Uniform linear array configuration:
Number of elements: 4
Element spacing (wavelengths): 0.5
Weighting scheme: blackman
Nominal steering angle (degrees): -60
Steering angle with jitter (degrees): -58.716
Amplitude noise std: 0.05
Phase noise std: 0.05

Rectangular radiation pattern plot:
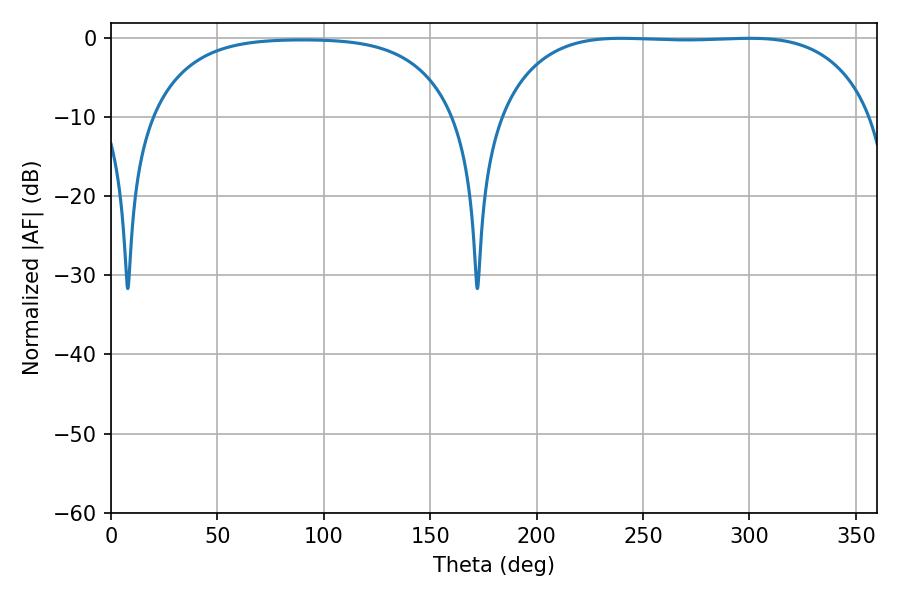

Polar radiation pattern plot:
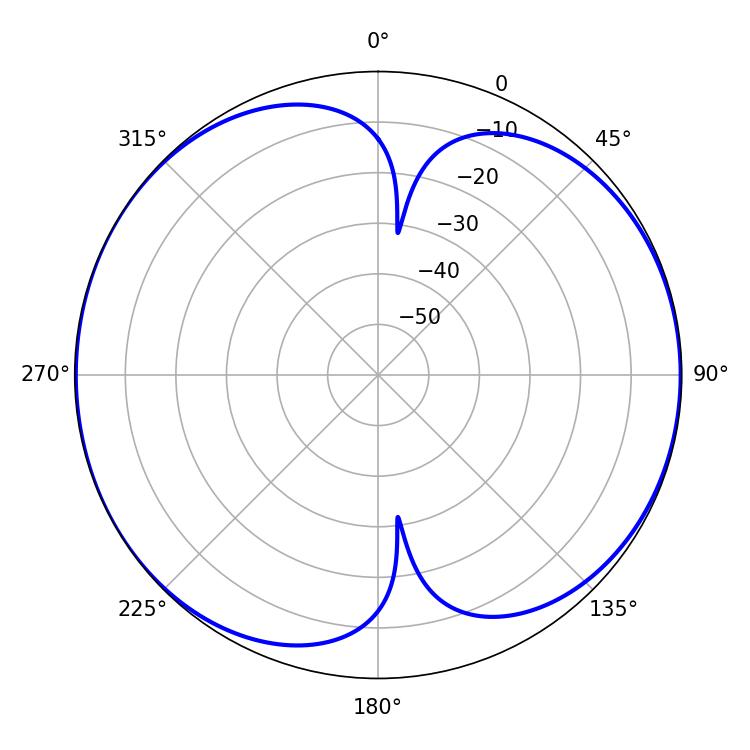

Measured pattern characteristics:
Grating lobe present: FALSE
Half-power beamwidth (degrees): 137.16
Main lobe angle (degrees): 239.76